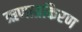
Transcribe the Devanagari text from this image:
ऋणाग्रकिरण